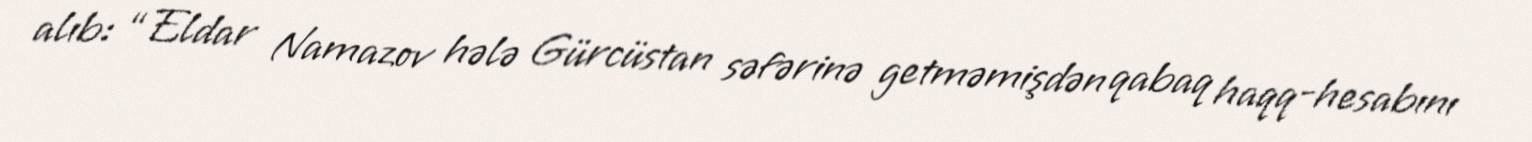
alıb: “Eldar Namazov hələ Gürcüstan səfərinə getməmişdən qabaq haqq-hesabını